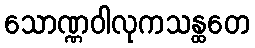
သောဏ္ဏဝါလုကသန္ထတေ